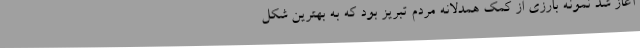
آغاز شد نمونه بارزی از کمک همدلانه مردم تبریز بود که به بهترین شکل